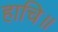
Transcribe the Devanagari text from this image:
हाचि॥